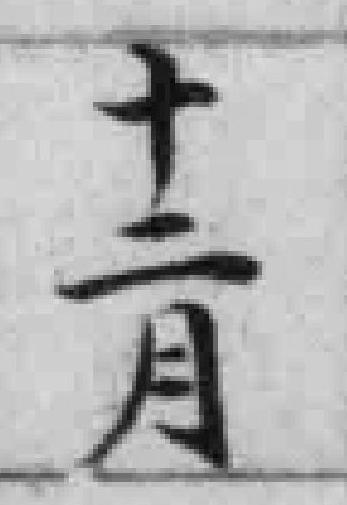
十二月